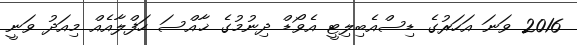
2016 ވަނަ އަހަރުގެ ޑިސްއެބިލިޓީ އެވޯޑް ދިނުމުގެ ޚާއްސަ ހަފްލާއެއް މިއަދު ވަނީ